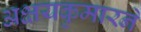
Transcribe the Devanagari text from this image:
अक्षयकुमारने